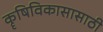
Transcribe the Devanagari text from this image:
कॄषिविकासासाठी